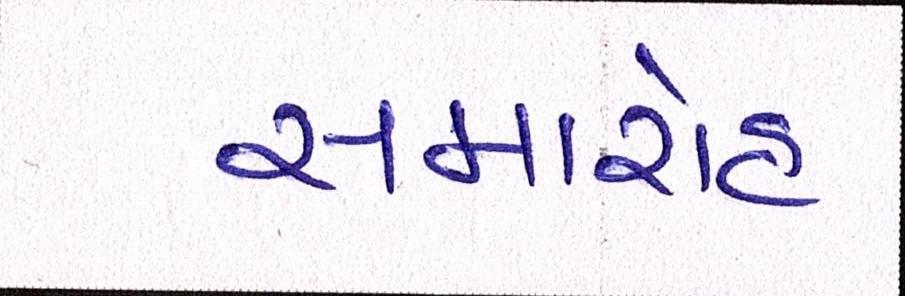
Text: સમારોહ